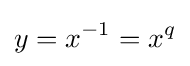
y=x^{-1}=x^{q}